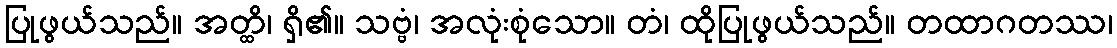
ပြုဖွယ်သည်။ အတ္ထိ၊ ရှိ၏။ သဗ္ဗံ၊ အလုံးစုံသော။ တံ၊ ထိုပြုဖွယ်သည်။ တထာဂတဿ၊